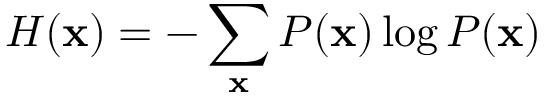
H ( \mathbf { x } ) = - \sum _ { \mathbf { x } } P ( \mathbf { x } ) \log P ( \mathbf { x } )